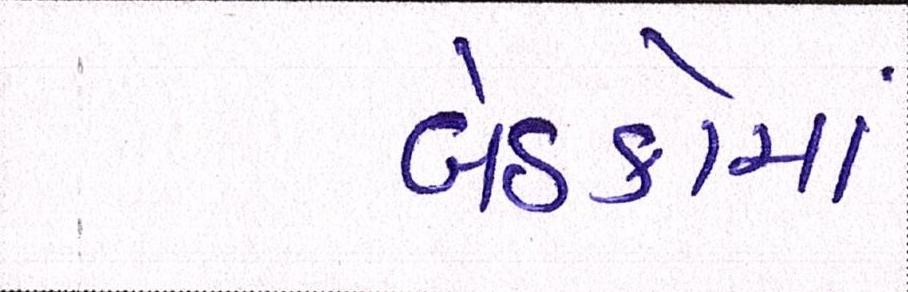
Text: બેઠકોમાં